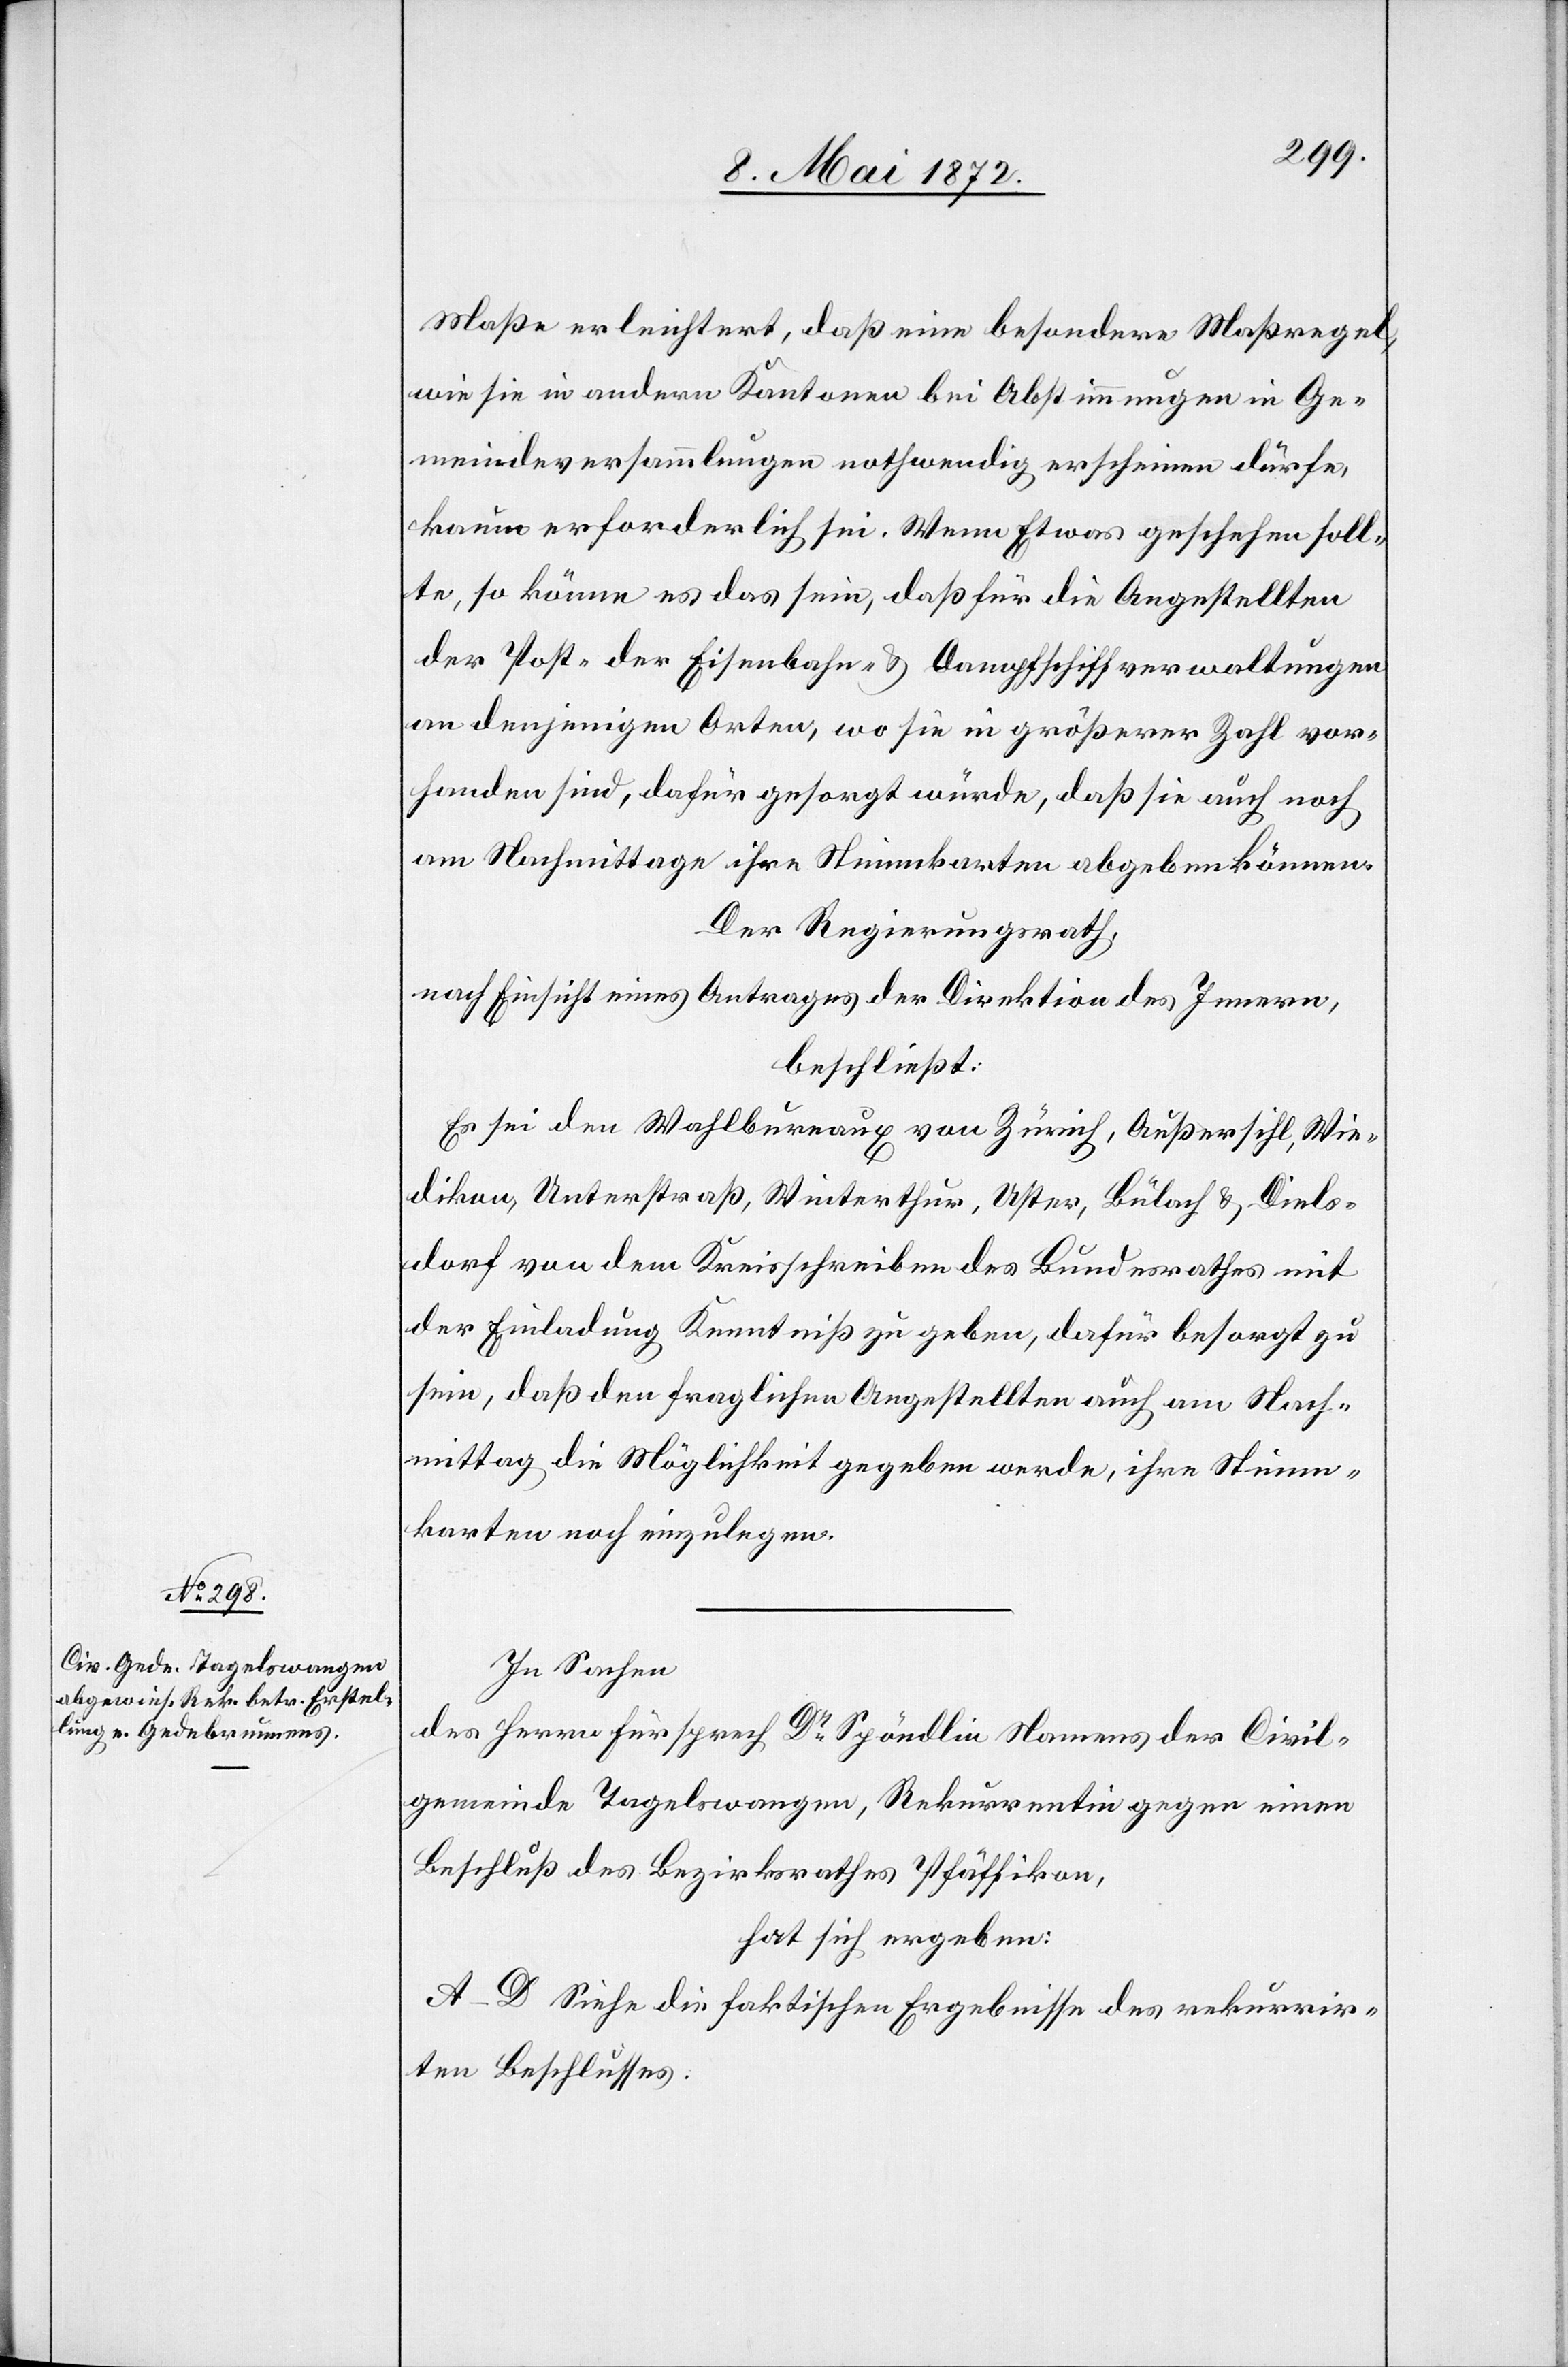
Maße erleichtert, daß eine besondere Maßregel,
wie sie in andern Kantonen bei Abstimmungen in Ge¬
meindeversammlungen nothwendig erscheinen dürfe,
kaum erforderlich sei. Wenn Etwas geschehen soll¬
te, so könne es das sein, daß für die Angestellten
der Post-[,] der Eisenbahn- u. Dampfschiffverwaltungen
an denjenigen Orten, wo sie in größerer Zahl vor¬
handen sind, dafür gesorgt würde, daß sie auch noch
am Nachmittag ihre Stimmkarten abgeben können.
Der Regierungsrath,
nach Einsicht eines Antrages der Direktion des Innern,
beschließt:
Es sei den Wahlbureaux von Zürich, Außersihl, Wie¬
dikon, Unterstraß, Winterthur, Uster, Bülach u. Diels¬
dorf von dem Kreisschreiben des Bundesrathes mit
der Einladung Kenntniß zu geben, dafür besorgt zu
sein, daß den fraglichen Angestellten auch am Nach¬
mittag die Möglichkeit gegeben werde, ihre Stimm¬
karten noch einzulegen.
In Sachen
des Herrn Fürsprech Dr. Spöndlin Namens der Civil¬
gemeinde Tagelswangen, Rekurrentin gegen einen
Beschluß des Bezirksrathes Pfäffikon,
hat sich ergeben:
A.–D. Siehe die faktischen Ergebnisse des rekurrir¬
ten Beschlusses.